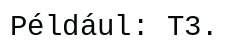
Például: T3.